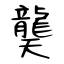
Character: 龑